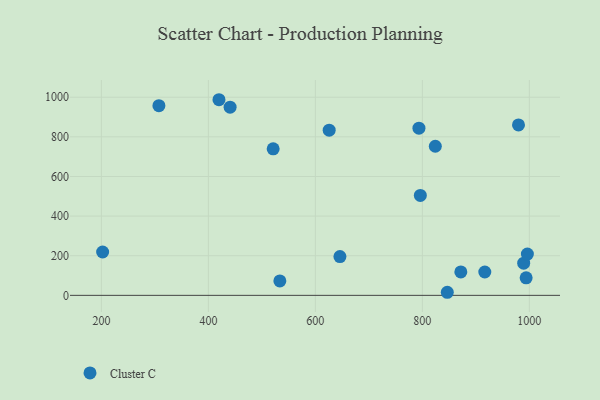
{"axis": {"x": "Experience", "y": "Demand"}, "legend": ["Cluster C"], "data": [{"x": "625.8", "y": 833.5, "type": "Cluster C"}, {"x": "202.3", "y": 218.7, "type": "Cluster C"}, {"x": "846.6", "y": 15.5, "type": "Cluster C"}, {"x": "796.2", "y": 504.1, "type": "Cluster C"}, {"x": "440.6", "y": 949.8, "type": "Cluster C"}, {"x": "871.9", "y": 118.1, "type": "Cluster C"}, {"x": "793.6", "y": 843.7, "type": "Cluster C"}, {"x": "824.2", "y": 752.4, "type": "Cluster C"}, {"x": "989.4", "y": 162.2, "type": "Cluster C"}, {"x": "996.3", "y": 208.3, "type": "Cluster C"}, {"x": "979.7", "y": 860.2, "type": "Cluster C"}, {"x": "533.6", "y": 72.9, "type": "Cluster C"}, {"x": "916.7", "y": 117.9, "type": "Cluster C"}, {"x": "419.8", "y": 987.3, "type": "Cluster C"}, {"x": "521.1", "y": 739.6, "type": "Cluster C"}, {"x": "307.5", "y": 957.2, "type": "Cluster C"}, {"x": "645.9", "y": 195.5, "type": "Cluster C"}, {"x": "994.0", "y": 88.6, "type": "Cluster C"}]}